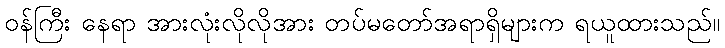
ဝန်ကြီး နေရာ အားလုံးလိုလိုအား တပ်မတော်အရာရှိများက ရယူထားသည်။